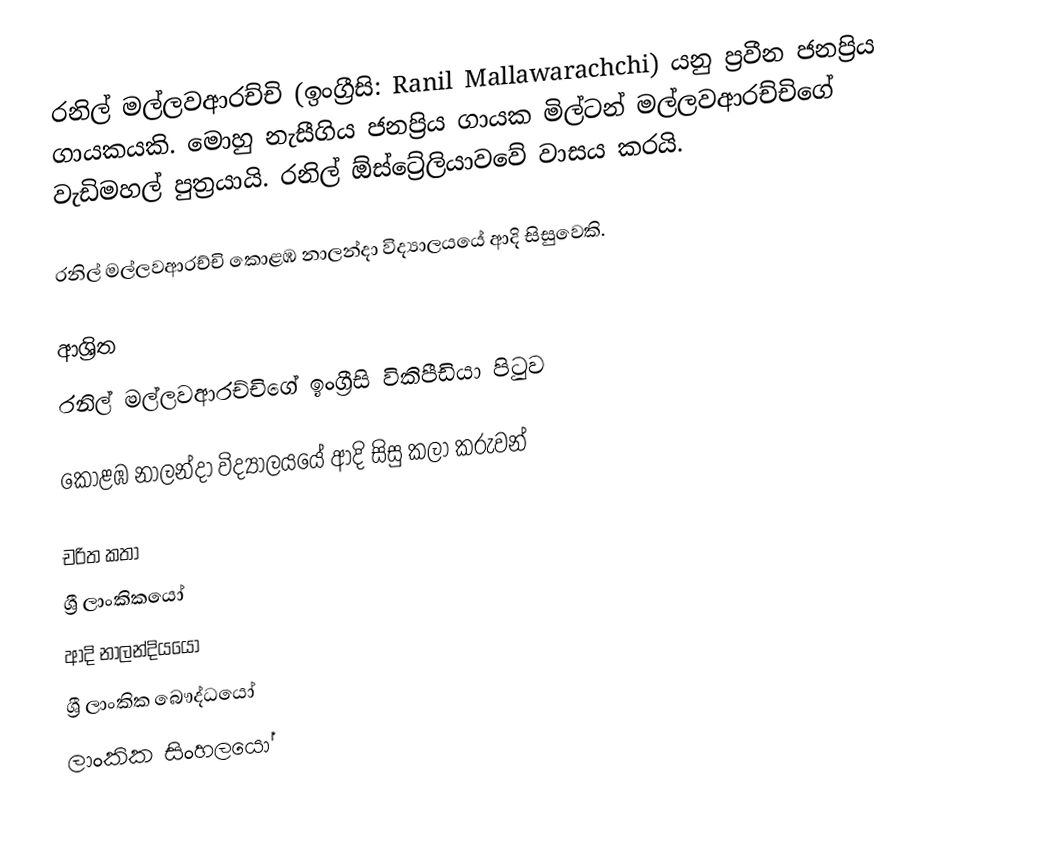
රනිල් මල්ලවආරච්චි (ඉංග්‍රීසි: Ranil Mallawarachchi) යනු ප්‍රවීන ජනප්‍රිය ගායකයකි.  මොහු නැසීගිය  ජනප්‍රිය ගායක මිල්ටන් මල්ලවආරච්චිගේ වැඩිමහල් පුත්‍රයායි. රනිල්  ඕස්ට්‍රේලියාවවේ වාසය කරයි.

රනිල් මල්ලවආරච්චි කොළඹ නාලන්දා විද්‍යාලයයේ ආදි සිසුවෙකි.

ආශ්‍රිත
 රනිල් මල්ලවආරච්චිගේ ඉංග්‍රීසි විකිපීඩියා පිටුව

 කොළඹ නාලන්දා විද්‍යාලයයේ ආදි සිසු කලා කරුවන්

චරිත කතා
ශ්‍රී ලාංකිකයෝ
ආදි නාලන්දියයෝ
ශ්‍රී ලාංකික බෞද්ධයෝ
ලාංකික සිංහලයෝ